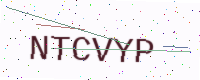
Text: NTCVYP